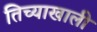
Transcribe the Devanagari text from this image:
तिच्याखाली